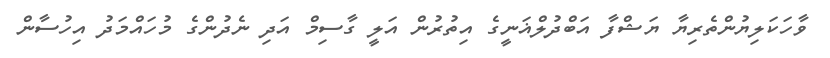
ވާހަކަލިޔުންތެރިޔާ ޔަޝްފާ އަބްދުލްޣަނީގެ އިތުރުން އަލީ ގާސިމް އަދި ނެދުންގެ މުހައްމަދު އިހުސާން